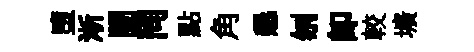
墮淅闉同點角懇刎卽較壙